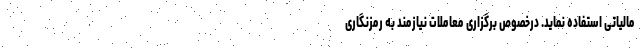
مالیاتی استفاده نماید. درخصوص برگزاری معاملات نیازمند به رمزنگاری